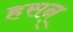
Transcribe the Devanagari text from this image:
हसन्